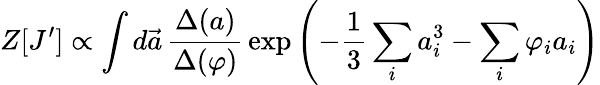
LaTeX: Z[J^{\prime}]\propto\int d\vec{a}\, \frac{\Delta(a)}{\Delta{(\varphi)}}\, \exp\left(-\frac{1}{3}\sum_{i}a_{i}^{3}-\sum_{i}\varphi_{i}a_{i}\right)